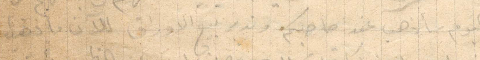
اليوم سأذهب عند صاحبكم. [...] تبع الأوراق للآن بعد ما ذهبت